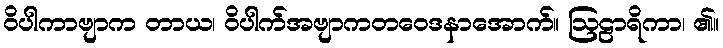
ဝိပါကာဗျာက တာယ၊ ဝိပါက်အဗျာကတဝေဒနာအောက်။ ဩဠာရိကာ၊ ၏။